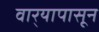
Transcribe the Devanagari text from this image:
वार्‍यापासून